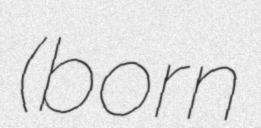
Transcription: (born